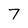
Character: 7